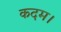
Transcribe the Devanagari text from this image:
कदम।